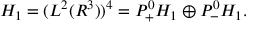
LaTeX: { \cal { H } } _ { 1 } = ( L ^ { 2 } ( { \cal { R } } ^ { 3 } ) ) ^ { 4 } = P _ { + } ^ { 0 } { \cal { H } } _ { 1 } \oplus P _ { - } ^ { 0 } { \cal { H } } _ { 1 } .